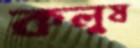
কলুষ